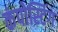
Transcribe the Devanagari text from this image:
कंपोस्टिंग